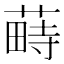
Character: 𦸎